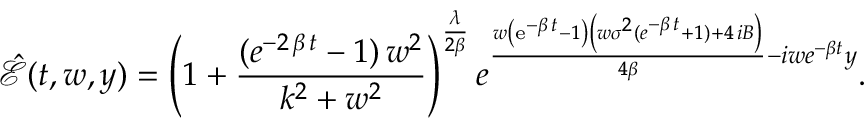
\hat { \mathcal E } ( t , w , y ) = \left( 1 + \frac { ( { e } ^ { - 2 \, \beta \, t } - 1 ) \, { w } ^ { 2 } } { { k } ^ { 2 } + { w } ^ { 2 } } \right) ^ { \frac { \lambda } { 2 \beta } } { { e } ^ { { \frac { w \left( { \mathrm { e } ^ { - \beta \, t } } - 1 \right) \left( w { \sigma } ^ { 2 } ( { { e } ^ { - \beta \, t } } + 1 ) + 4 \, i B \right) } { 4 \beta } } - i w e ^ { - \beta t } y } } .